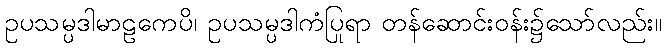
ဥပသမ္ပဒါမာဠကေပိ၊ ဥပသမ္ပဒါကံပြုရာ တန်ဆောင်းဝန်း၌သော်လည်း။